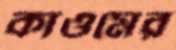
কাওমের